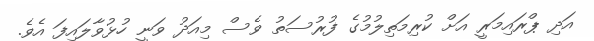
އަދި ޕްރައިމަރީ އަށް ކުރިމަތިލުމުގެ ފުރުސަތު ވެސް މިއަދު ވަނީ ހުޅުވާލައިފަ އެވެ.